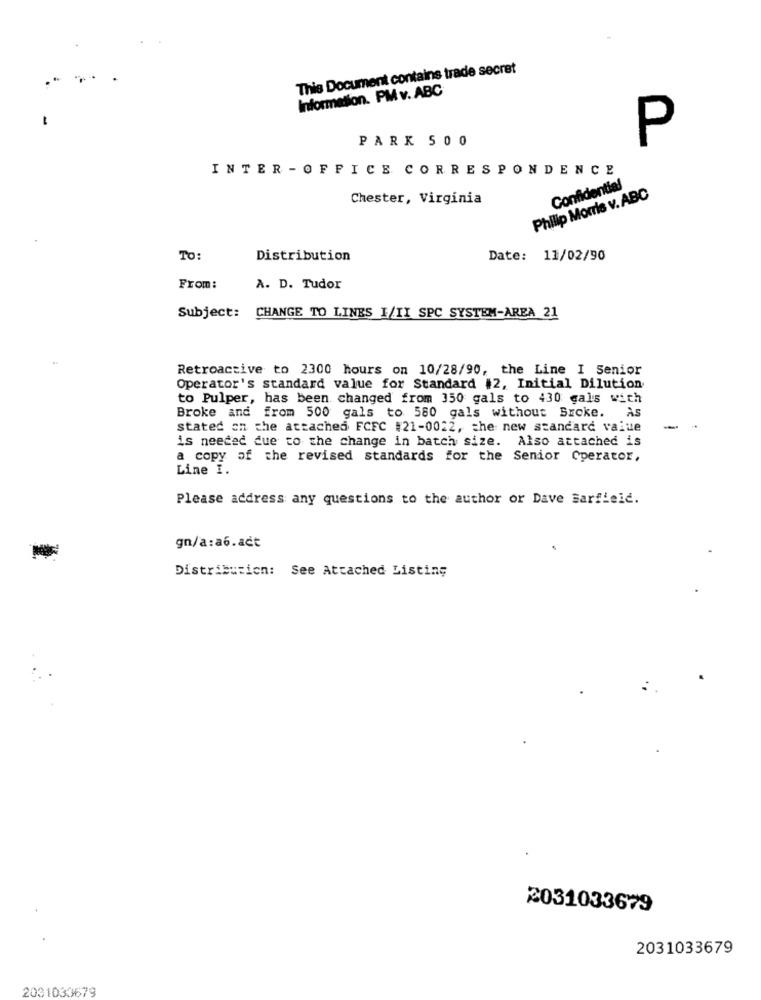
This Document contains trade secret
Information. PM v. ABC
PARK SOO
P
INTER -OFFICE CORRESPONDENCE
Confidential
Chester, Virginia
Philip Morris v. ABC
TO:
Distribution
Date: 11/02/90
From:
A. D. Tudor
Subject: CHANGE TO LINES I/II SPC SYSTEM-AREA 21
Retroactive to 2300 hours on 10/28/90, the Line I Senior
Operator's standard value for Standard #2, Initial Dilution
to Pulper, has been changed from 350 gals to 430 gals with
AS
Broke and from 500 gals to 580 gals without Broke.
stated on the attached FCFC #21-0012, the new standard value
-
is needed due to the change in batch size. Also attached is
a copy of the revised standards for the Senior Cperator,
Line I.
Please address any questions to the author or Dave Barfield.
gn/a:a6.act
Distribution: See Attached Listing
2031033679
2031033679
2031033679